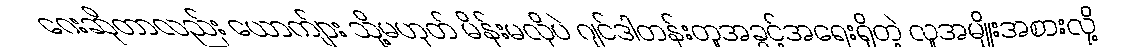
ဂေးဆိုတာလည်း ယောကျ်ား သို့မဟုတ် မိန်းမလိုပဲ ဂျင်ဒါတန်းတူအခွင့်အရေးရှိတဲ့ လူအမျိုးအစားလို့